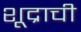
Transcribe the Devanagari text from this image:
शूद्राची